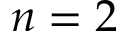
n = 2